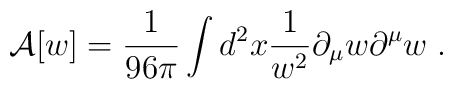
{\cal     A}[w]    =     {1\over    96\pi}\int     d^2x{1\over    w^2}\partial_{\mu}w\partial^{\mu}w \;.